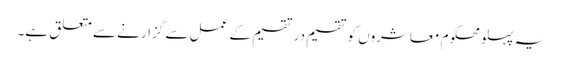
یہ پہلو محکوم معاشروں کو تقسیم در تقسیم کے عمل سے گزارنے سے متعلق ہے۔